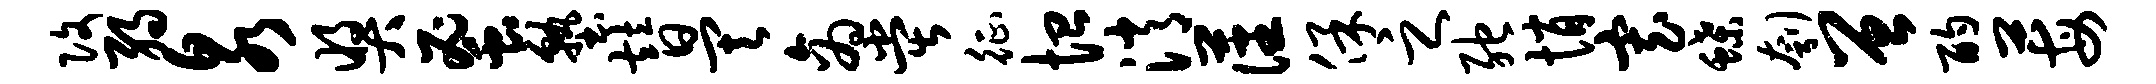
改弱泉奖蜜塾替其商堂征恤消藩保之弛悄寡蝶刳曾酌莓